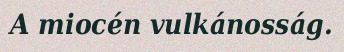
A miocén vulkánosság.